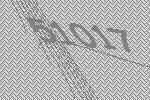
51017